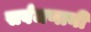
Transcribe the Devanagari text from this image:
सर्वजणानी